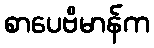
စာပေဗိမာန်က